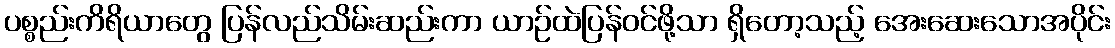
ပစ္စည်းကိရိယာတွေ ပြန်လည်သိမ်းဆည်းကာ ယာဉ်ထဲပြန်ဝင်ဖို့သာ ရှိတော့သည့် အေးဆေးသောအပိုင်း